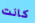
كانت